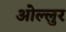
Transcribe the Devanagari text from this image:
ओल्लुर